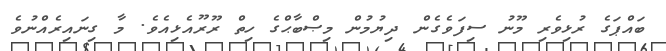
ބައްޕަގެ ރުޅިވެރި މޫނު ސިފަވެގެން ދިޔުމުން މިޞްބާޙްގެ ހިތް ރޫރޫއެޅިއެވެ. މާ ގިނައިރެއްނުވެ